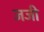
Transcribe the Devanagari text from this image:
जजी